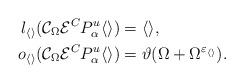
LaTeX: \begin{align*} l_{\langle\rangle}(\mathcal C_\Omega\mathcal E^CP_\alpha^u\langle\rangle)&=\langle\rangle,\\ o_{\langle\rangle}(\mathcal C_\Omega\mathcal E^CP_\alpha^u\langle\rangle)&=\vartheta(\Omega+\Omega^{\varepsilon_{\langle\rangle}}).\end{align*}